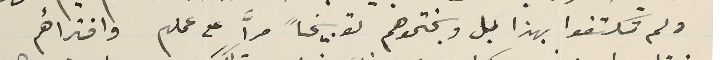
ولم تكتفوا بهذا بل وبختموهم توبيخاً مرّاَ على عملهم وافترأهم